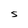
Character: S